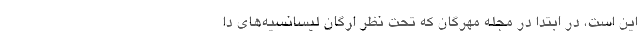
این است، در ابتدا در مجله مهرگان که تحت نظر ارگان لیسانسیه‌های دا